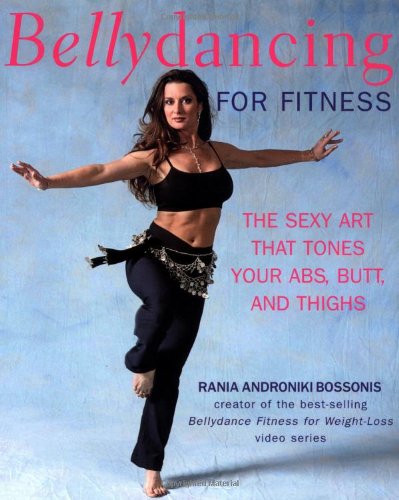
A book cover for Bellydancing for Fitness: The Sexy Art That Tones Your Abs, Butt, and Thighs; Rania Bossonis; Health, Fitness & Dieting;